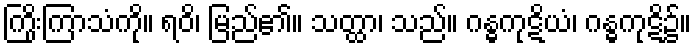
ကြိုးကြာသံကို။ ရဝိ၊ မြည်၏။ သတ္ထာ၊ သည်။ ဂန္ဓကုဋိယံ၊ ဂန္ဓကုဋိ၌။